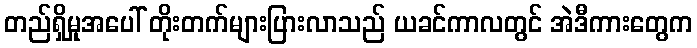
တည်ရှိမှုအပေါ် တိုးတက်များပြားလာသည် ယခင်ကာလတွင် အဲဒီကားတွေက